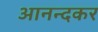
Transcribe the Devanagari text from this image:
आनन्दकर